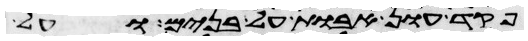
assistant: פקד עון אבות על בנים ועל